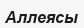
Аллеясы